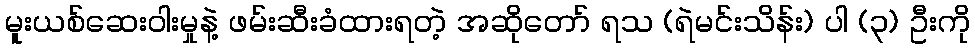
မူးယစ်ဆေးဝါးမှုနဲ့ ဖမ်းဆီးခံထားရတဲ့ အဆိုတော် ရသ (ရဲမင်းသိန်း) ပါ (၃) ဦးကို